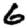
Digit: 6